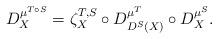
LaTeX: \begin{align*}D^{\mu^{T\circ S}}_X=\zeta^{T,S}_X\circ D^{\mu^T}_{D^S(X)}\circ D^{\mu^S}_X.\end{align*}